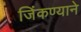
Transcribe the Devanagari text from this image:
जिंकण्याने